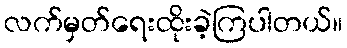
လက်မှတ်ရေးထိုးခဲ့ကြပါတယ်။